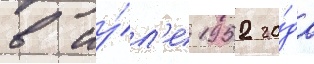
в иу́л'е 1952 го́да